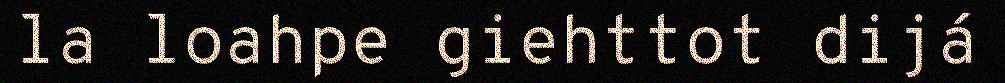
la loahpe giehttot dijá